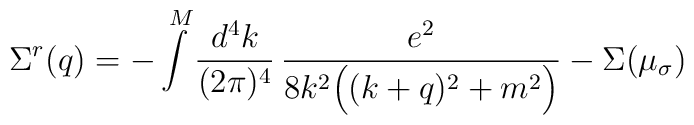
\Sigma^r(q) = -\int\limits^M \frac{d^4k}{(2\pi)^4}\,\frac{e^2}{8 k^2 \Big((k+q)^2 + m^2\Big)} - \Sigma(\mu_\sigma)